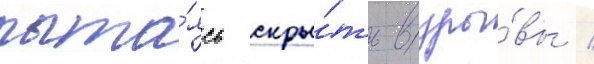
пыта́ясь скры́ть взры́вы /